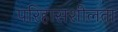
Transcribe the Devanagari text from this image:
परिहासशीलता